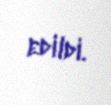
edildi.